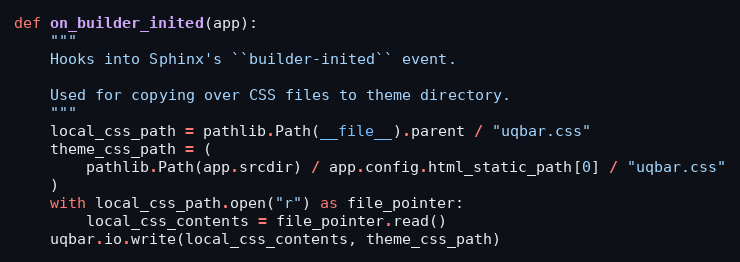
Language: Python
def on_builder_inited(app):
    """
    Hooks into Sphinx's ``builder-inited`` event.

    Used for copying over CSS files to theme directory.
    """
    local_css_path = pathlib.Path(__file__).parent / "uqbar.css"
    theme_css_path = (
        pathlib.Path(app.srcdir) / app.config.html_static_path[0] / "uqbar.css"
    )
    with local_css_path.open("r") as file_pointer:
        local_css_contents = file_pointer.read()
    uqbar.io.write(local_css_contents, theme_css_path)